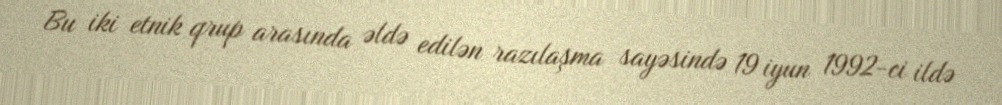
Bu iki etnik qrup arasında əldə edilən razılaşma sayəsində 19 iyun 1992-ci ildə